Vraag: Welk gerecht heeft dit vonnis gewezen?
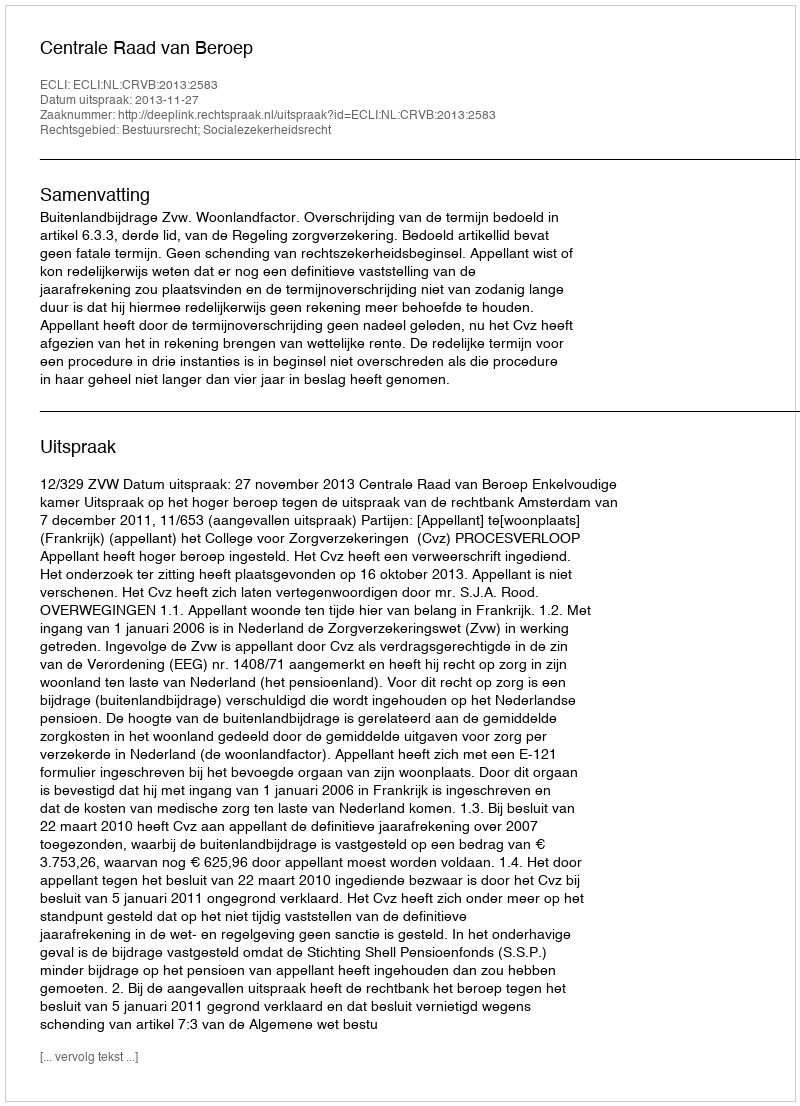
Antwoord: Centrale Raad van Beroep